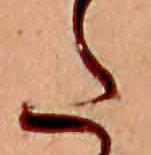
た